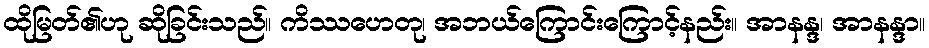
ထိုမြတ်၏ဟု ဆိုခြင်းသည်။ ကိဿဟေတု၊ အဘယ်ကြောင်းကြောင့်နည်း။ အာနန္ဒ၊ အာနန္ဒာ။